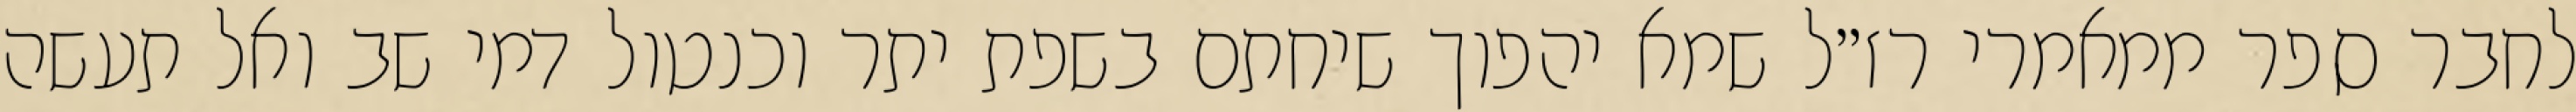
לחבר ספר ממאמרי רז״ל שמא יהפוך שיחתם בשפת יתר וכנטול דמי שב ואל תעשה